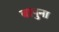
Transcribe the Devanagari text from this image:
बापुना